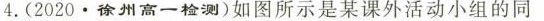
4.(2020.徐州高一检测)如图所示是某课外活动小组的同